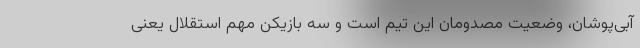
آبی‌پوشان، وضعیت مصدومان این تیم است و سه بازیکن مهم استقلال یعنی